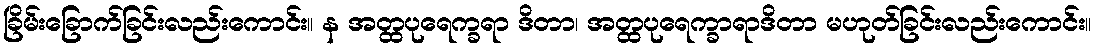
ခြိမ်းခြောက်ခြင်းလည်းကောင်း။ န အတ္ထပုရေက္ခရာ ဒိတာ၊ အတ္ထပုရေက္ခာရာဒိတာ မဟုတ်ခြင်းလည်းကောင်း။